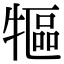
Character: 𤛐